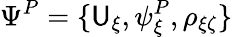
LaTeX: \Psi^{P}=\{ \mathsf{U}_{\xi},\psi_{\xi}^{P},\rho_{\xi\zeta}\}